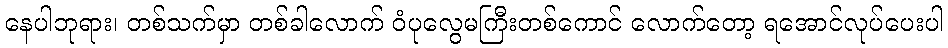
နေပါဘုရား၊ တစ်သက်မှာ တစ်ခါလောက် ဝံပုလွေမကြီးတစ်ကောင် လောက်တော့ ရအောင်လုပ်ပေးပါ